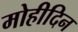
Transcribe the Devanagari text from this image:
मोहीदिन